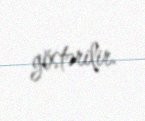
göstərilir.